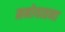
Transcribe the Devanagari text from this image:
मनोयातना